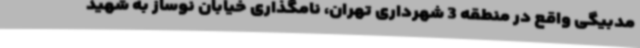
مدبیگی واقع در منطقه 3 شهرداری تهران، نامگذاری خیابان نوساز به شهید